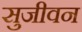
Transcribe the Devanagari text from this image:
सुजीवन